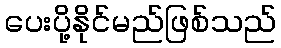
ပေးပို့နိုင်မည်ဖြစ်သည်